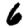
Digit: 6